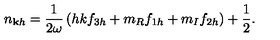
n _ { \mathbf { k } h } = \frac { 1 } { 2 \omega } \left( h { k } f _ { 3 h } + m _ { R } f _ { 1 h } + m _ { I } f _ { 2 h } \right) + \frac { 1 } { 2 } .